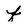
Character: f